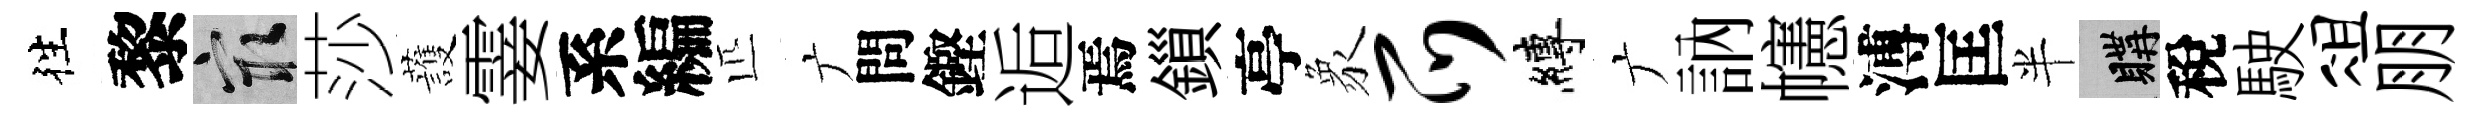
徃黎冣莎䕶霎系編匹广問鏗逅焉鎻亭象爪縛广訥幰溥匡半購稅駛俎朋